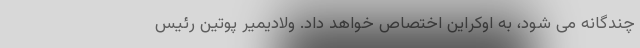
چندگانه می شود، به اوکراین اختصاص خواهد داد. ولادیمیر پوتین رئیس